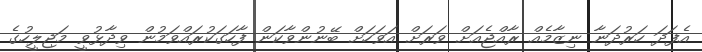
އެފަދަ ހަރުދަނާ ނިޒާމެއް ރާއްޖެއަށް ވަރަށް އަވަހަށް ބޭނުންވާކަން ފާހަގަކުރައްވަމުން ވިދާޅުވީ މަޖިލީހުގެ